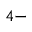
^ { 4 - }